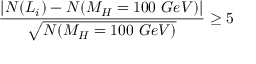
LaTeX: { \frac { | N ( L _ { i } ) - N ( M _ { H } = 1 0 0 ~ G e V ) | } { \sqrt { N ( M _ { H } = 1 0 0 ~ G e V ) } } } \geq 5